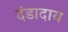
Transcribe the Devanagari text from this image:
दंडादाय